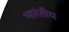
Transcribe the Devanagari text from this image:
भारंतीय